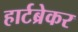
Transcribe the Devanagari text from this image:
हार्टब्रेकर